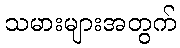
သမားများအတွက်